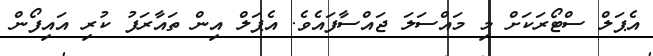
އެޕަލް ސްޓޯރަކަށް މި މައްސަލަ ޖައްސާފައެވެ. އެޕަލް އިން ތައާރަފު ކުރި އައިފޯން